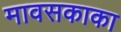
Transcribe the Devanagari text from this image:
मावसकाका